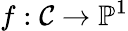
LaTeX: f:\mathcal{C}\to\mathbb{{P}}^{1}